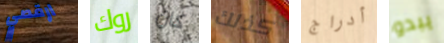
ارقصي روك كان كذلك أدراج يبدو